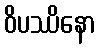
ဝိပဿိနော